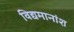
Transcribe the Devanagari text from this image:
विद्यमानांश